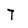
Character: T